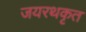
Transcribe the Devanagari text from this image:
जयरथकृत